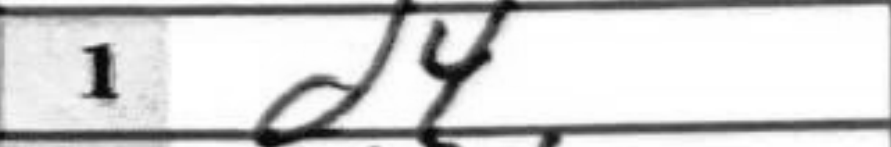
Transcription: d4